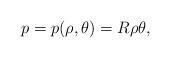
LaTeX: \begin{align*}p=p(\rho,\theta)=R\rho\theta,\end{align*}